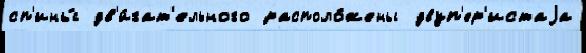
сп'ины́ дв'и́гат'ельного располо́жены двуп'ер'истаjа